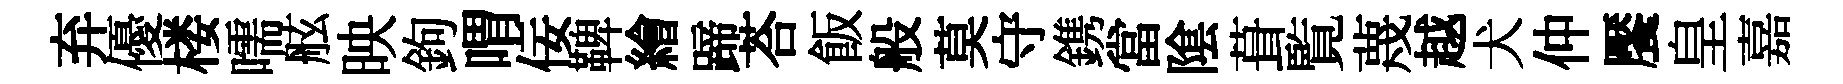
弃優楼嚅舷映鉤喟佞鞞繪蹄荅飯般莫守鎸當隂葺覧蔑越犬仲饜皇嘉